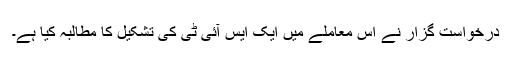
درخواست گزار نے اس معاملے میں ایک ایس آئی ٹی کی تشکیل کا مطالبہ کیا ہے۔